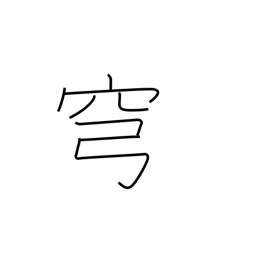
Meaning: sky